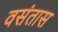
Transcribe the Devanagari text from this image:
वसंतास